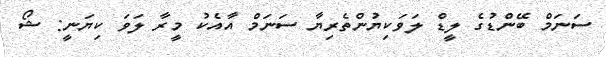
ސަނަމް ބޭންޑުގެ ލީޑް ލަވަކިޔުންތެރިޔާ ސަނަމް އާއެކު މީރާ ލަަވަ ކިޔަނީ: ޝޯ